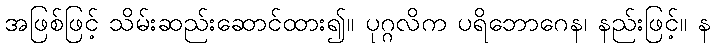
အဖြစ်ဖြင့် သိမ်းဆည်းဆောင်ထား၍။ ပုဂ္ဂလိက ပရိဘောဂေန၊ နည်းဖြင့်။ န